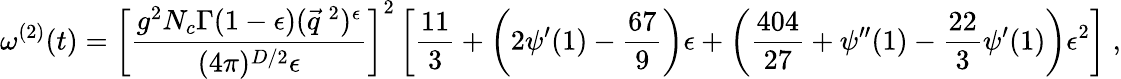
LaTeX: \omega^{(2)}(t)=\left[\frac{g^{2}N_{c}\Gamma(1-\epsilon)(\vec{q}^{\: 2})^{\epsilon}}{(4\pi)^{D/2}\epsilon}\right]^{2}\left[\frac{11}{3}+\left(2\psi^{\prime}(1)-\frac{67}{9}\right)\epsilon+\left(\frac{404}{27}+\psi^{\prime\prime}(1)-\frac{22}{3}\psi^{\prime}(1)\right)\epsilon^{2}\right]\; ,